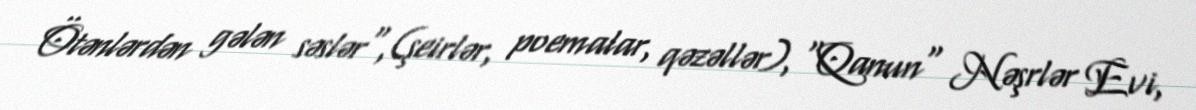
Ötənlərdən gələn səslər",(şeirlər, poemalar, qəzəllər), "Qanun" Nəşrlər Evi,